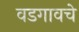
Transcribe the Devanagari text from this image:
वडगावचे